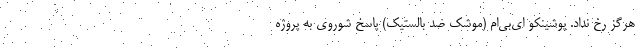
هرگز رخ نداد. پوشینکو ای‌بی‌ام (موشک ضد بالستیک) پاسخ شوروی به پروژه